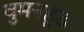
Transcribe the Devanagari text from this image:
वुमनहूड